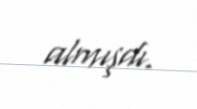
almışdı.